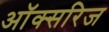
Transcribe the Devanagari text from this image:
ऑक्सरिज